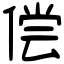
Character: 偿